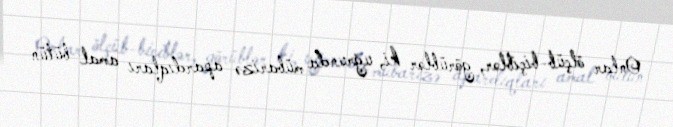
Onlar ölçüb-biçiblər, görüblər ki, uğrunda mübarizə apardıqları amal bütün